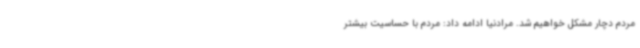
مردم دچار مشکل خواهیم شد. مرادنیا ادامه داد: مردم با حساسیت بیشتر